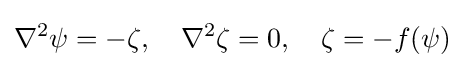
\nabla ^{2}\psi =-\zeta ,\quad \nabla ^{2}\zeta =0,\quad \zeta =-f(\psi )